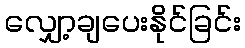
လျှော့ချပေးနိုင်ခြင်း